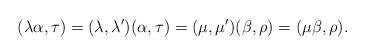
LaTeX: \begin{align*}(\lambda\alpha,\tau) = (\lambda,\lambda')(\alpha,\tau) = (\mu,\mu')(\beta,\rho) = (\mu\beta,\rho).\end{align*}